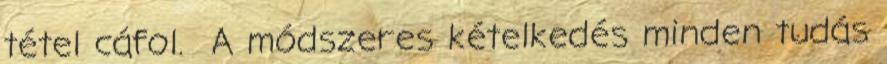
tétel cáfol. A módszeres kételkedés minden tudás